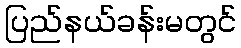
ပြည်နယ်ခန်းမတွင်